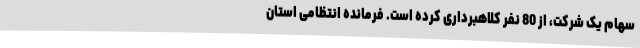
سهام یک شرکت، از 80 نفر کلاهبرداری کرده است. فرمانده انتظامی استان